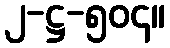
၂-ဋ္ဌ-၅၀၄။